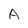
Character: A